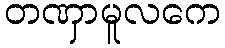
တဏှာမူလကေ